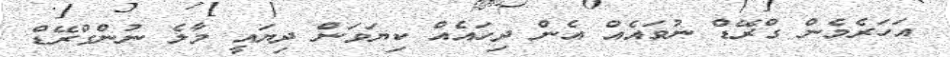
އަހަރެމެން ގްރޭޑް ނުވައެއް އެން ދިހައެއް ކިޔަވަން ދިޔައީ މާލެ ނުންގްރޭޑް